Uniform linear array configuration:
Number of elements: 8
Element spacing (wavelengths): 0.25
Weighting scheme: exponential
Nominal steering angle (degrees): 60
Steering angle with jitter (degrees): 58.846
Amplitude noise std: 0.05
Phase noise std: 0.05

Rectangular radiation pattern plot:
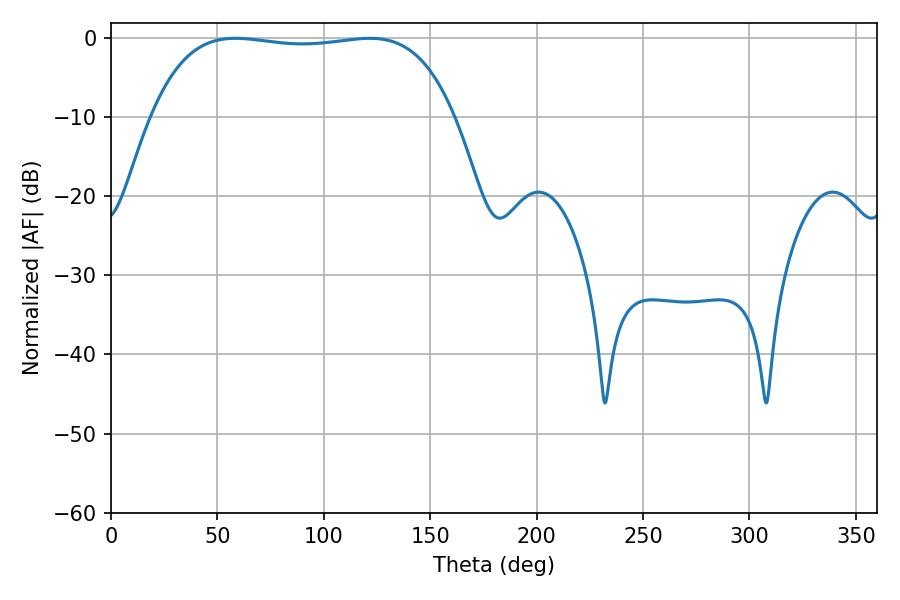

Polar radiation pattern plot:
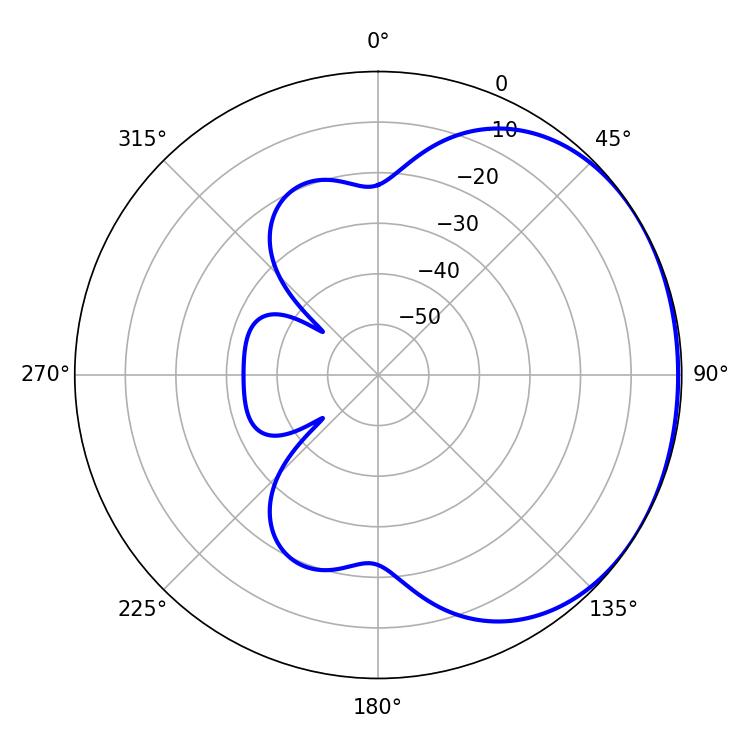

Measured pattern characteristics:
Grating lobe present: FALSE
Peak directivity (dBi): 1.09
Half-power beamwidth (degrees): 113.04
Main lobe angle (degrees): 58.5